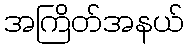
အကြိတ်အနယ်